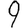
Digit: 9